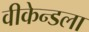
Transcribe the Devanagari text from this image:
वीकेन्डला